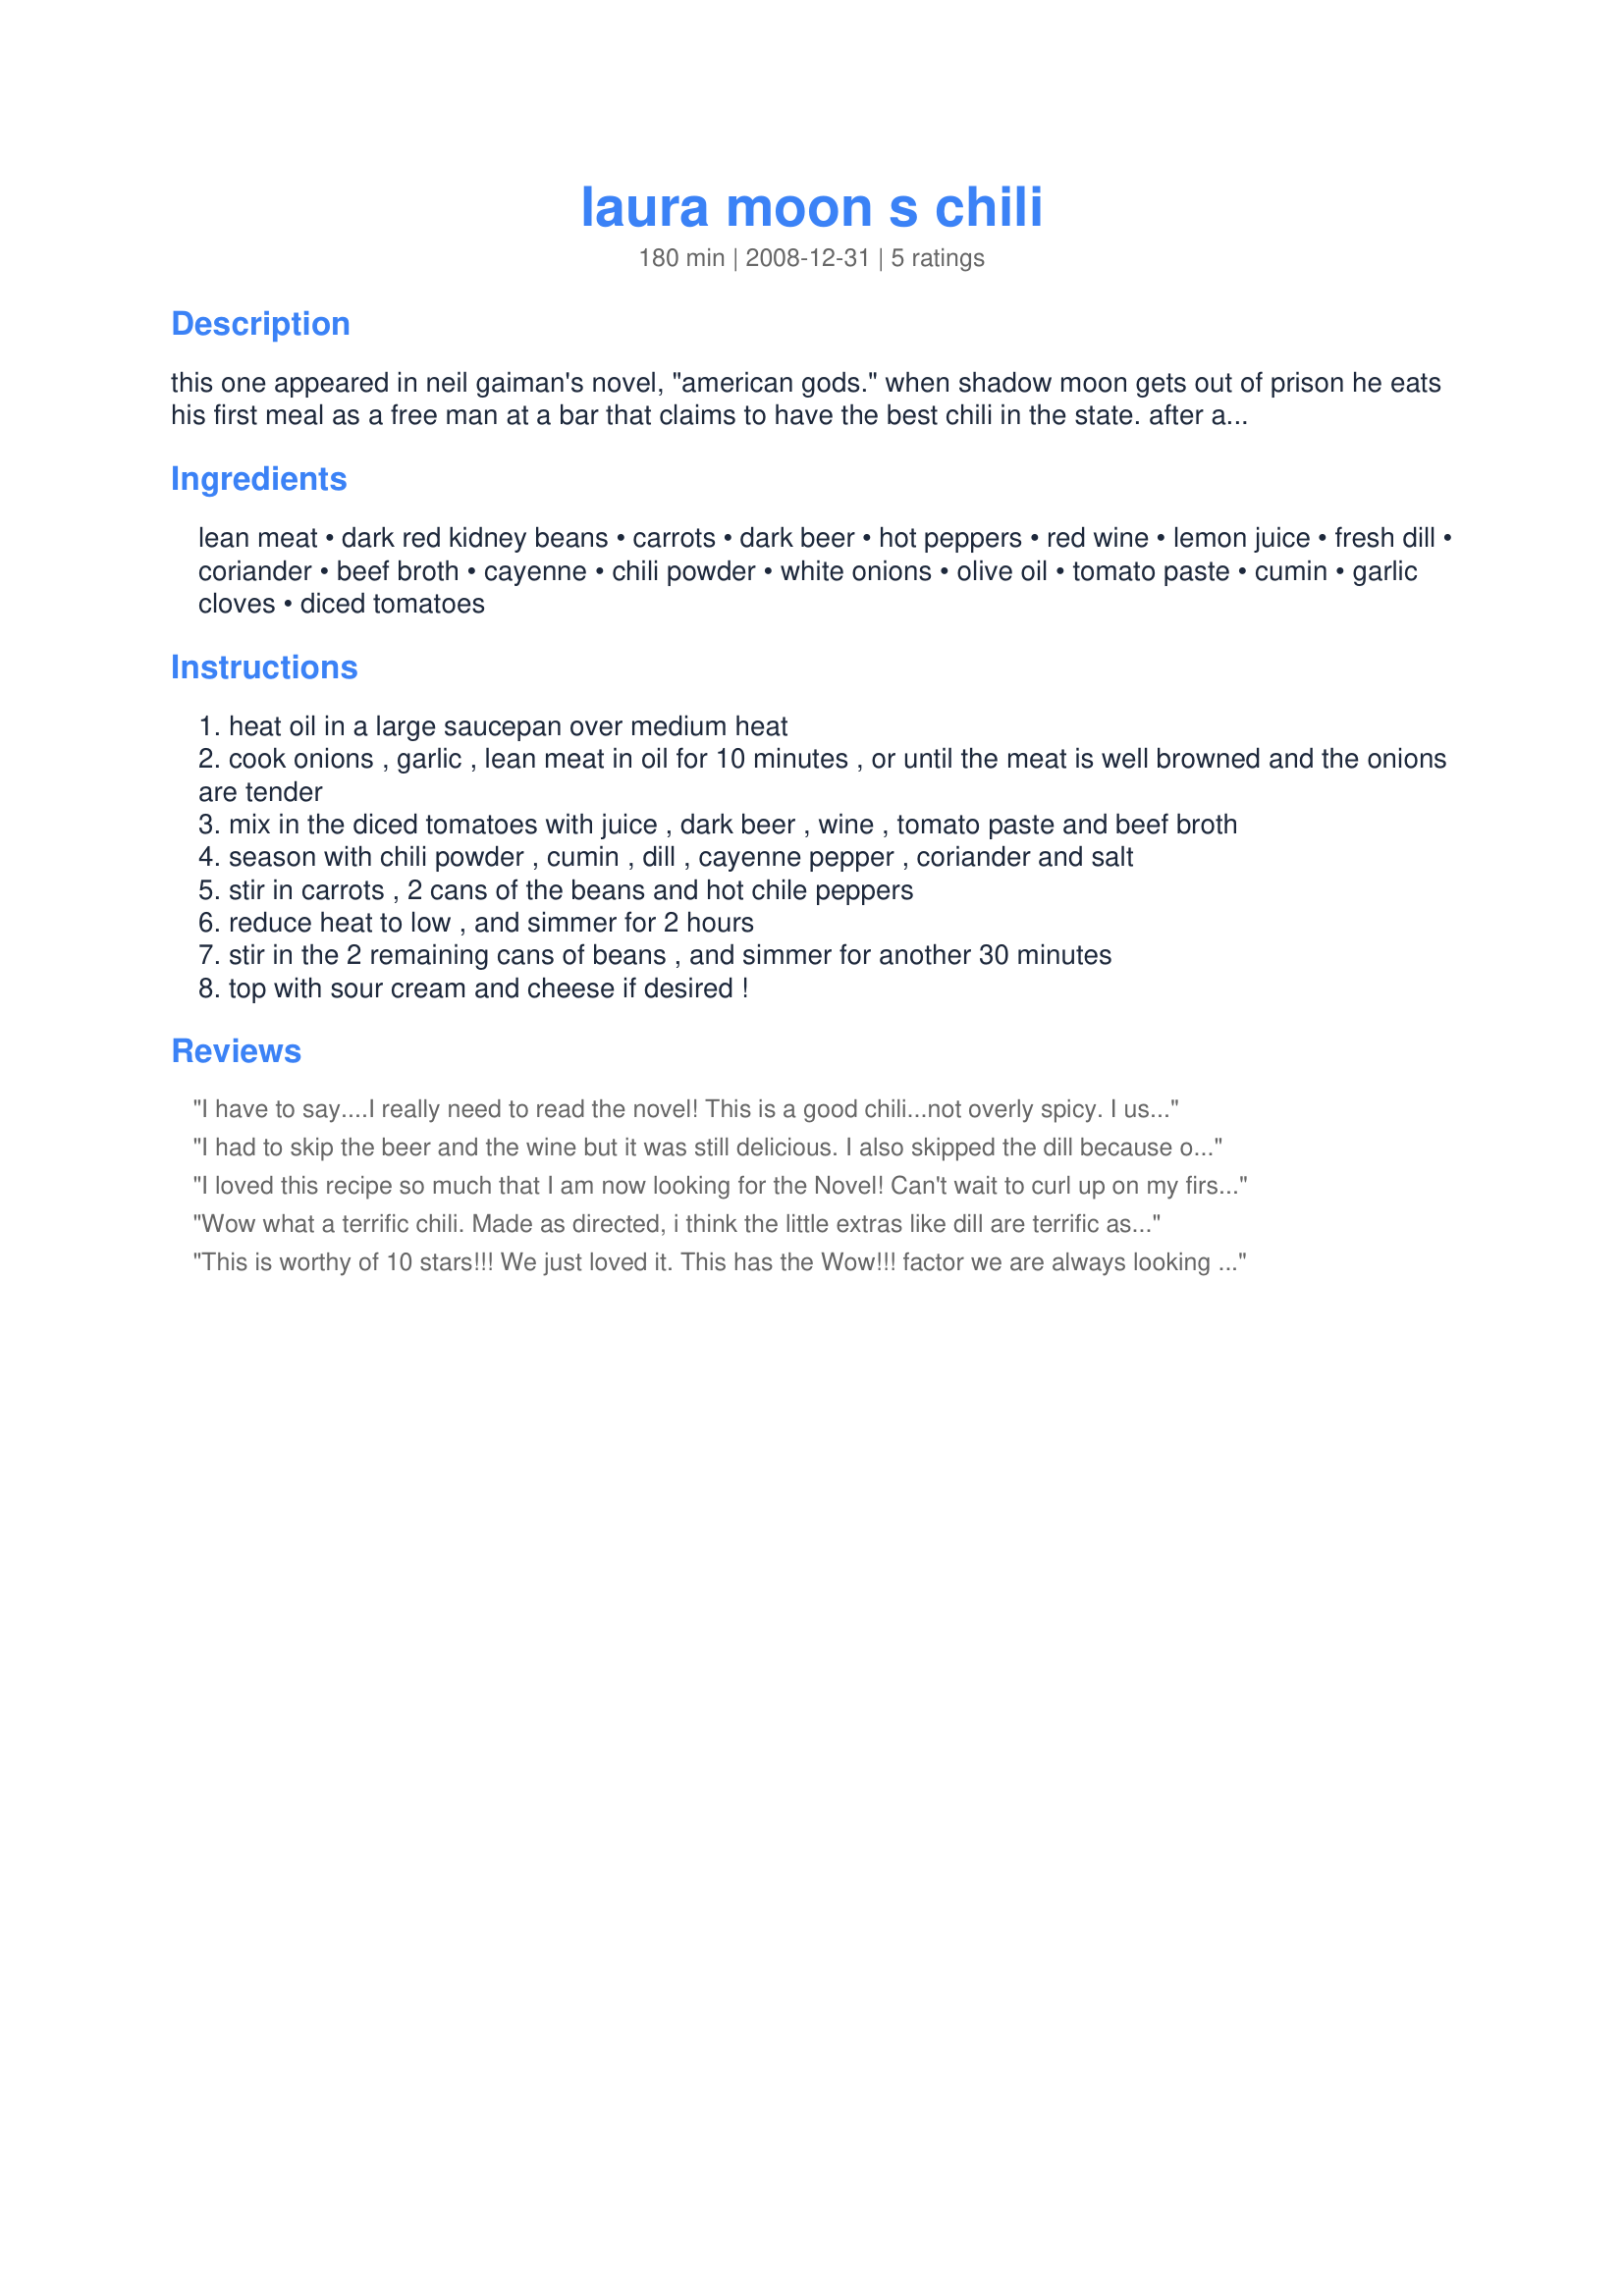
laura moon s chili
Preparation time: 180 minutes

this one appeared in neil gaiman's novel, "american gods." when shadow moon gets out of prison he eats his first meal as a free man at a bar that claims to have the best chili in the state. after a couple mouthfuls he decides that the chili is good, but definitely not the best in the state. he then begins to reminisce about his wife's far superior chili. no recipe was given directly by gaiman, but many of the the ingredients were mentioned. i took what neil wrote and expanded upon it to create this recipe. hope you enjoy!

Ingredients:
lean meat, dark red kidney beans, carrots, dark beer, hot peppers, red wine, lemon juice, fresh dill, coriander, beef broth, cayenne, chili powder, white onions, olive oil, tomato paste, cumin, garlic cloves, diced tomatoes

Steps:
heat oil in a large saucepan over medium heat
cook onions , garlic , lean meat in oil for 10 minutes , or until the meat is well browned and the onions are tender
mix in the diced tomatoes with juice , dark beer , wine , tomato paste and beef broth
season with chili powder , cumin , dill , cayenne pepper , coriander and salt
stir in carrots , 2 cans of the beans and hot chile peppers
reduce heat to low , and simmer for 2 hours
stir in the 2 remaining cans of beans , and simmer for another 30 minutes
top with sour cream and cheese if desired !

Reviews:
I have to say....I really need to read the novel! This is a good chili...not overly spicy. I used sirloin steak, diced. Like others, I didn't really taste the dill, although I did use it. I used the jalapenos, and didn't seed them so I'd get some heat. Everything else about the recipe I left the same. Wasn't sure about how much lemon juice, so I just added a splash of it. I cooked it a bit longer, and waited to review it until it sat in the refrigerator a day....I was hoping for some increased heat. Technically I'd give this a 4 1/2, but Zaar won't allow that. Thanks for sharing your recipe....love trying other chili recipes!
I had to skip the beer and the wine but it was still delicious. I also skipped the dill because of the previous reviewers comment that it would go unnoticed. I added a bay leaf and some Worcestershire sauce for the missing flavor. My family loved it. Thanks. Made for PAC Spring 09.
I loved this recipe so much that I am now looking for the Novel! Can't wait to curl up on my first free rainy day, by the fire with this book and a hot bowl of the Chili! Thanks for submitting such a wonderful recipe.
Wow what a terrific chili. Made as directed, i think the little extras like dill are terrific as are the mix of liquids. I drank a guinness along with it since that was my dark beer.
This is worthy of 10 stars!!! We just loved it. This has the Wow!!! factor we are always looking for. Boy is this spicy and we love spicy. I did cut the recipe in half, I uses a light beer and used fresh tomatoes. Lemon juice?? I used a splash of it and 1/2 tsp of salt. Dill???? never would have thought to use it in a chili recipe and really didn't taste it so I think you could omit it. The meat was nice and tender. I did drain the last can (s) of kidney beans because the the chili was getting soupy. I guess I should go find the novel. :) Thanks for posting. Made for Spring PAC 2009
